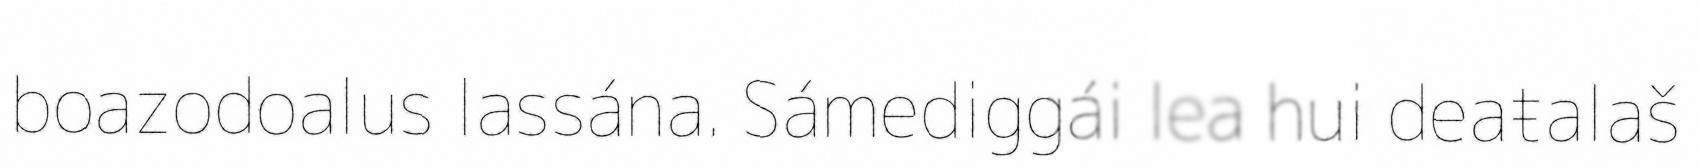
boazodoalus lassána. Sámediggái lea hui deaŧalaš